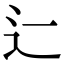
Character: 辷